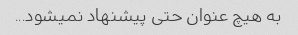
به هیچ عنوان حتی پیشنهاد نمیشود...